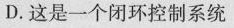
D.这是一个闭环控制系统